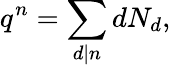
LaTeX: q^{n}=\sum_{d\mid n}dN_{d},